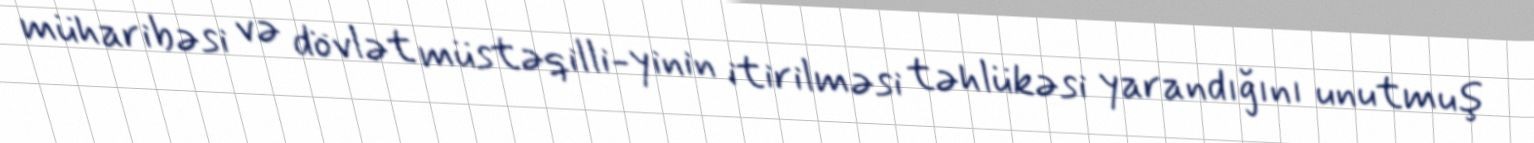
müharibəsi və dövlət müstəqilli-yinin itirilməsi təhlükəsi yarandığını unutmuş